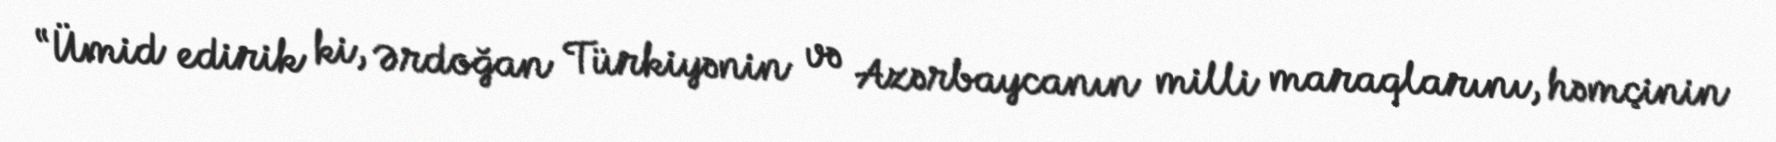
“Ümid edirik ki, Ərdoğan Türkiyənin və Azərbaycanın milli maraqlarını, həmçinin